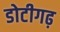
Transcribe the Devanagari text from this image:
डोटीगढ़